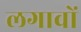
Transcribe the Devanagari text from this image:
लगावों